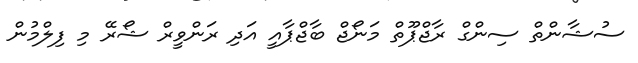
ސުޝާންތް ސިންގް ރާޖްޕޫތް މަނޯޖް ބާޖްޕާއީ އަދި ރަންވީރް ޝޯރޭ މި ފިލްމުން